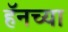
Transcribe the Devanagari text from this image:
हॅनच्या